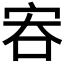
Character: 𡧶